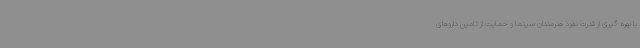
با بهره گیری از قدرت نفوذ هنرمندان سینما و حمایت از تامین داروهای